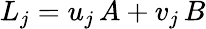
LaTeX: L_{j}=u_{j}\, A+v_{j}\, B